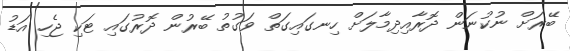
ބޭރަށް ނުކުނަން ދޮރާއިދިމާލަށް ހިނގައިގަތް ވަގުތު ބޭރުން ދޮރުގައި ޓަކި ޖެހި އަޑު